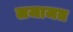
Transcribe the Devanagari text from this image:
लजाजत